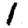
Digit: 1